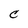
Character: C